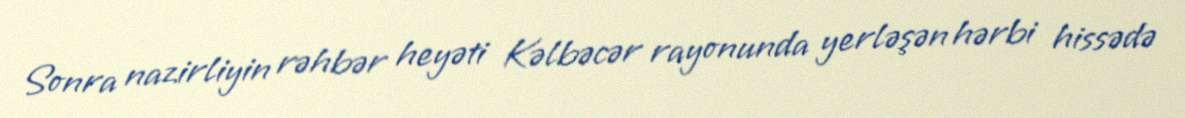
Sonra nazirliyin rəhbər heyəti Kəlbəcər rayonunda yerləşən hərbi hissədə